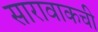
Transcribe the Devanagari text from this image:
सारावाकची